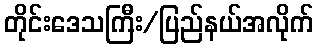
တိုင်းဒေသကြီး/ပြည်နယ်အလိုက်